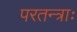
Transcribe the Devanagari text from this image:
परतन्त्राः